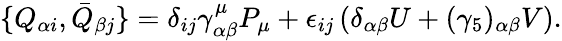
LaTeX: \{ Q_{\alpha i},\bar{Q}_{\beta j}\} =\delta_{ij}\gamma_{\alpha\beta}^{\mu}P_{\mu}+\epsilon_{ij}\left(\delta_{\alpha\beta}U+(\gamma_{5})_{\alpha\beta}V\right).